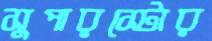
সুপারস্টোর